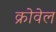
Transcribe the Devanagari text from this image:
क्रोवेल